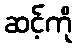
ဆင့်ကို